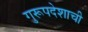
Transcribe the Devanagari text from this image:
गुरूपदेशाची